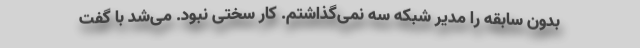
بدون سابقه را مدیر شبکه سه نمی‌گذاشتم. کار سختی نبود. می‌شد با گفت